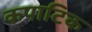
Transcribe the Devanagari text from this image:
कपाटिक